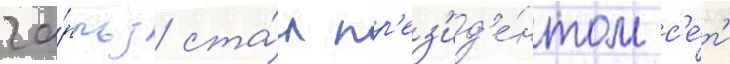
ча́рльз ста́л пр'ез'ид'е́нтом с'е́т'и